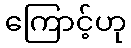
ကြောင့်ဟု